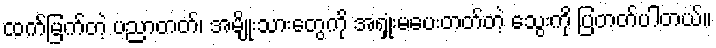
ထက်မြက်တဲ့ ပညာတတ်၊ အမျိုးသားတွေကို အရှုံးမပေးတတ်တဲ့ သွေးကို ပြတတ်ပါတယ်။